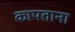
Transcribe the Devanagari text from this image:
कापताना